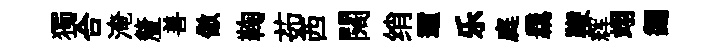
獨合淹釐善傲鞠茹西闊绡邇乐庭覊鞭辉翊蠲